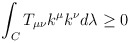
\begin{align*}\int_{C} T_{\mu\nu}k^{\mu}k^{\nu} d\lambda \ge 0\end{align*}